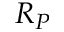
R _ { P }